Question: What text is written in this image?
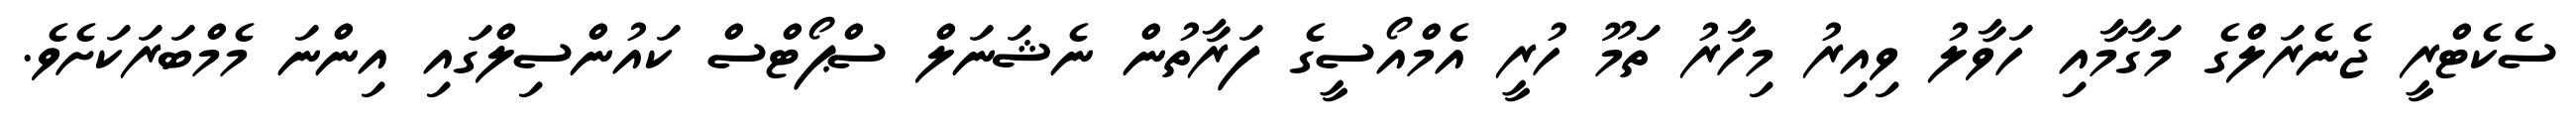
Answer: ސެކެޓްރީ ޖެނެރަލްގެ މަގާމާއި ހަވާލު ވިއިރު މިހާރު ތަމޫ ހުރީ އެމްއޯސީގެ ފަރާތުން ނެޝަނަލް ސްޕޯޓްސް ކައުންސިލްގައި އިންނަ މެމްބަރަކަށެވެ.